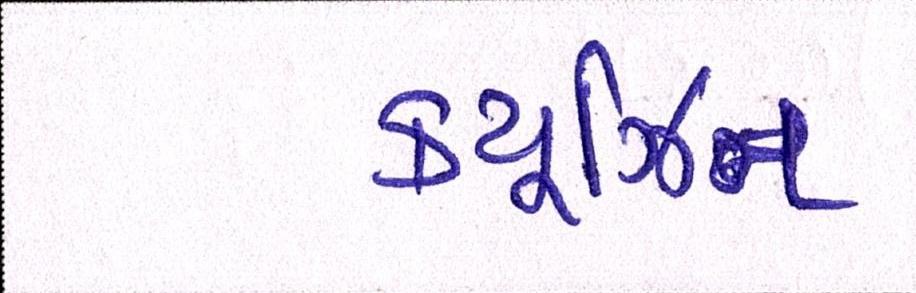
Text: ક્યૂઝિન